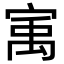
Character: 㝢